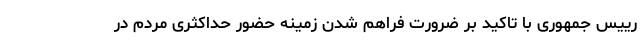
رییس جمهوری با تاکید بر ضرورت فراهم شدن زمینه حضور حداکثری مردم در